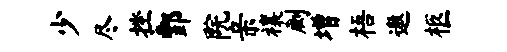
少尽挫酆院亲禳劂增梧遨柩